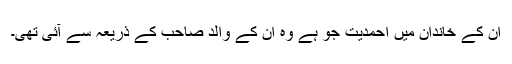
ان کے خاندان میں احمدیت جو ہے وہ ان کے والد صاحب کے ذریعہ سے آئی تھی۔